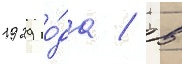
1929 го́да / в